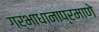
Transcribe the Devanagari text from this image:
गर्भाधानाप्रमाणे